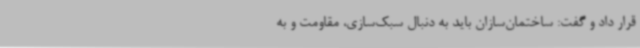
قرار داد و گفت: ساختمان‌سازان باید به دنبال سبک‌سازی، مقاومت و به